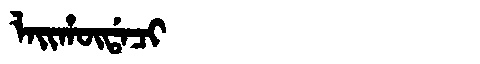
Manchu: ᠯᠠᡳᡥᡡᡩᠠᠴᡳ
Romanization: LAIHŪDACI